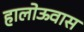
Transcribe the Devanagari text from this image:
हालोऊवास